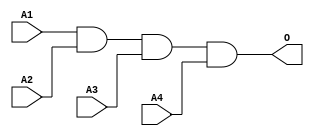
module MJAND4B(A1, A2, A3, A4, O);
input   A1;
input   A2;
input   A3;
input   A4;
output  O;
and g0(O, A1, A2, A3, A4);
endmodule